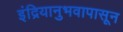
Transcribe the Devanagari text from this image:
इंद्रियानुभवापासून